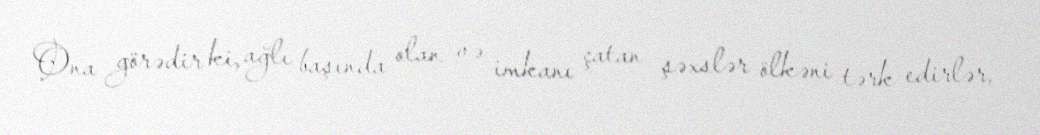
Ona görədir ki, ağlı başında olan və imkanı çatan şəxslər ölkəni tərk edirlər,